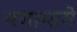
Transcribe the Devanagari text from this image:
नगामागे